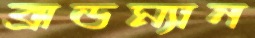
ব্রাডম্যান